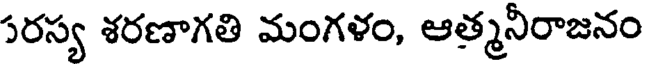
సరస్య శరణాగతి మంగళం, ఆత్మనీరాజనం